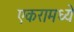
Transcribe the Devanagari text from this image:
एकरामध्ये